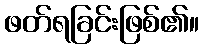
ဖတ်ရခြင်းဖြစ်၏။